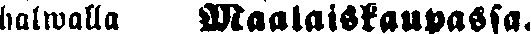
halwalla Maalaiskaupassa.